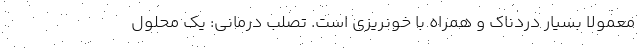
معمولاً بسيار دردناک و همراه با خونريزی است. تصلب درمانی: يک محلول